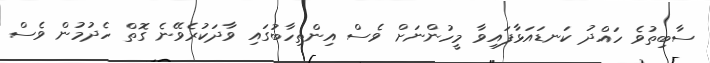
ސާބިތުވެ ހައްދު ކަނޑައަޅާފައިވާ މީހުންނަށް ވެސް އިންތިހާބުގައި ވާދަކުރެވޭނެ ގޮތް ހެދުމުން ވެސް